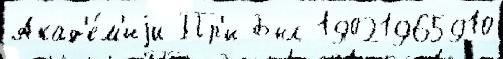
Акад'е́м'иjи Пр'и Был 19021965910